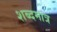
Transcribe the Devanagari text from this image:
शब्दमात्र